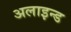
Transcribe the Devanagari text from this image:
अलाइन्ड